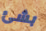
بشئ